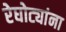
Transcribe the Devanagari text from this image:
रेघोट्यांना